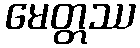
မေတ္တဿ